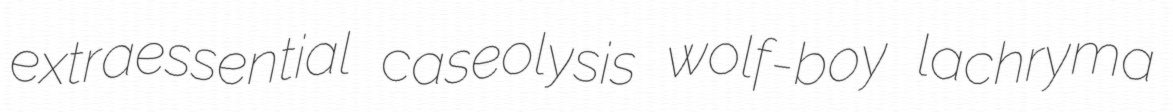
extraessential caseolysis wolf-boy lachryma